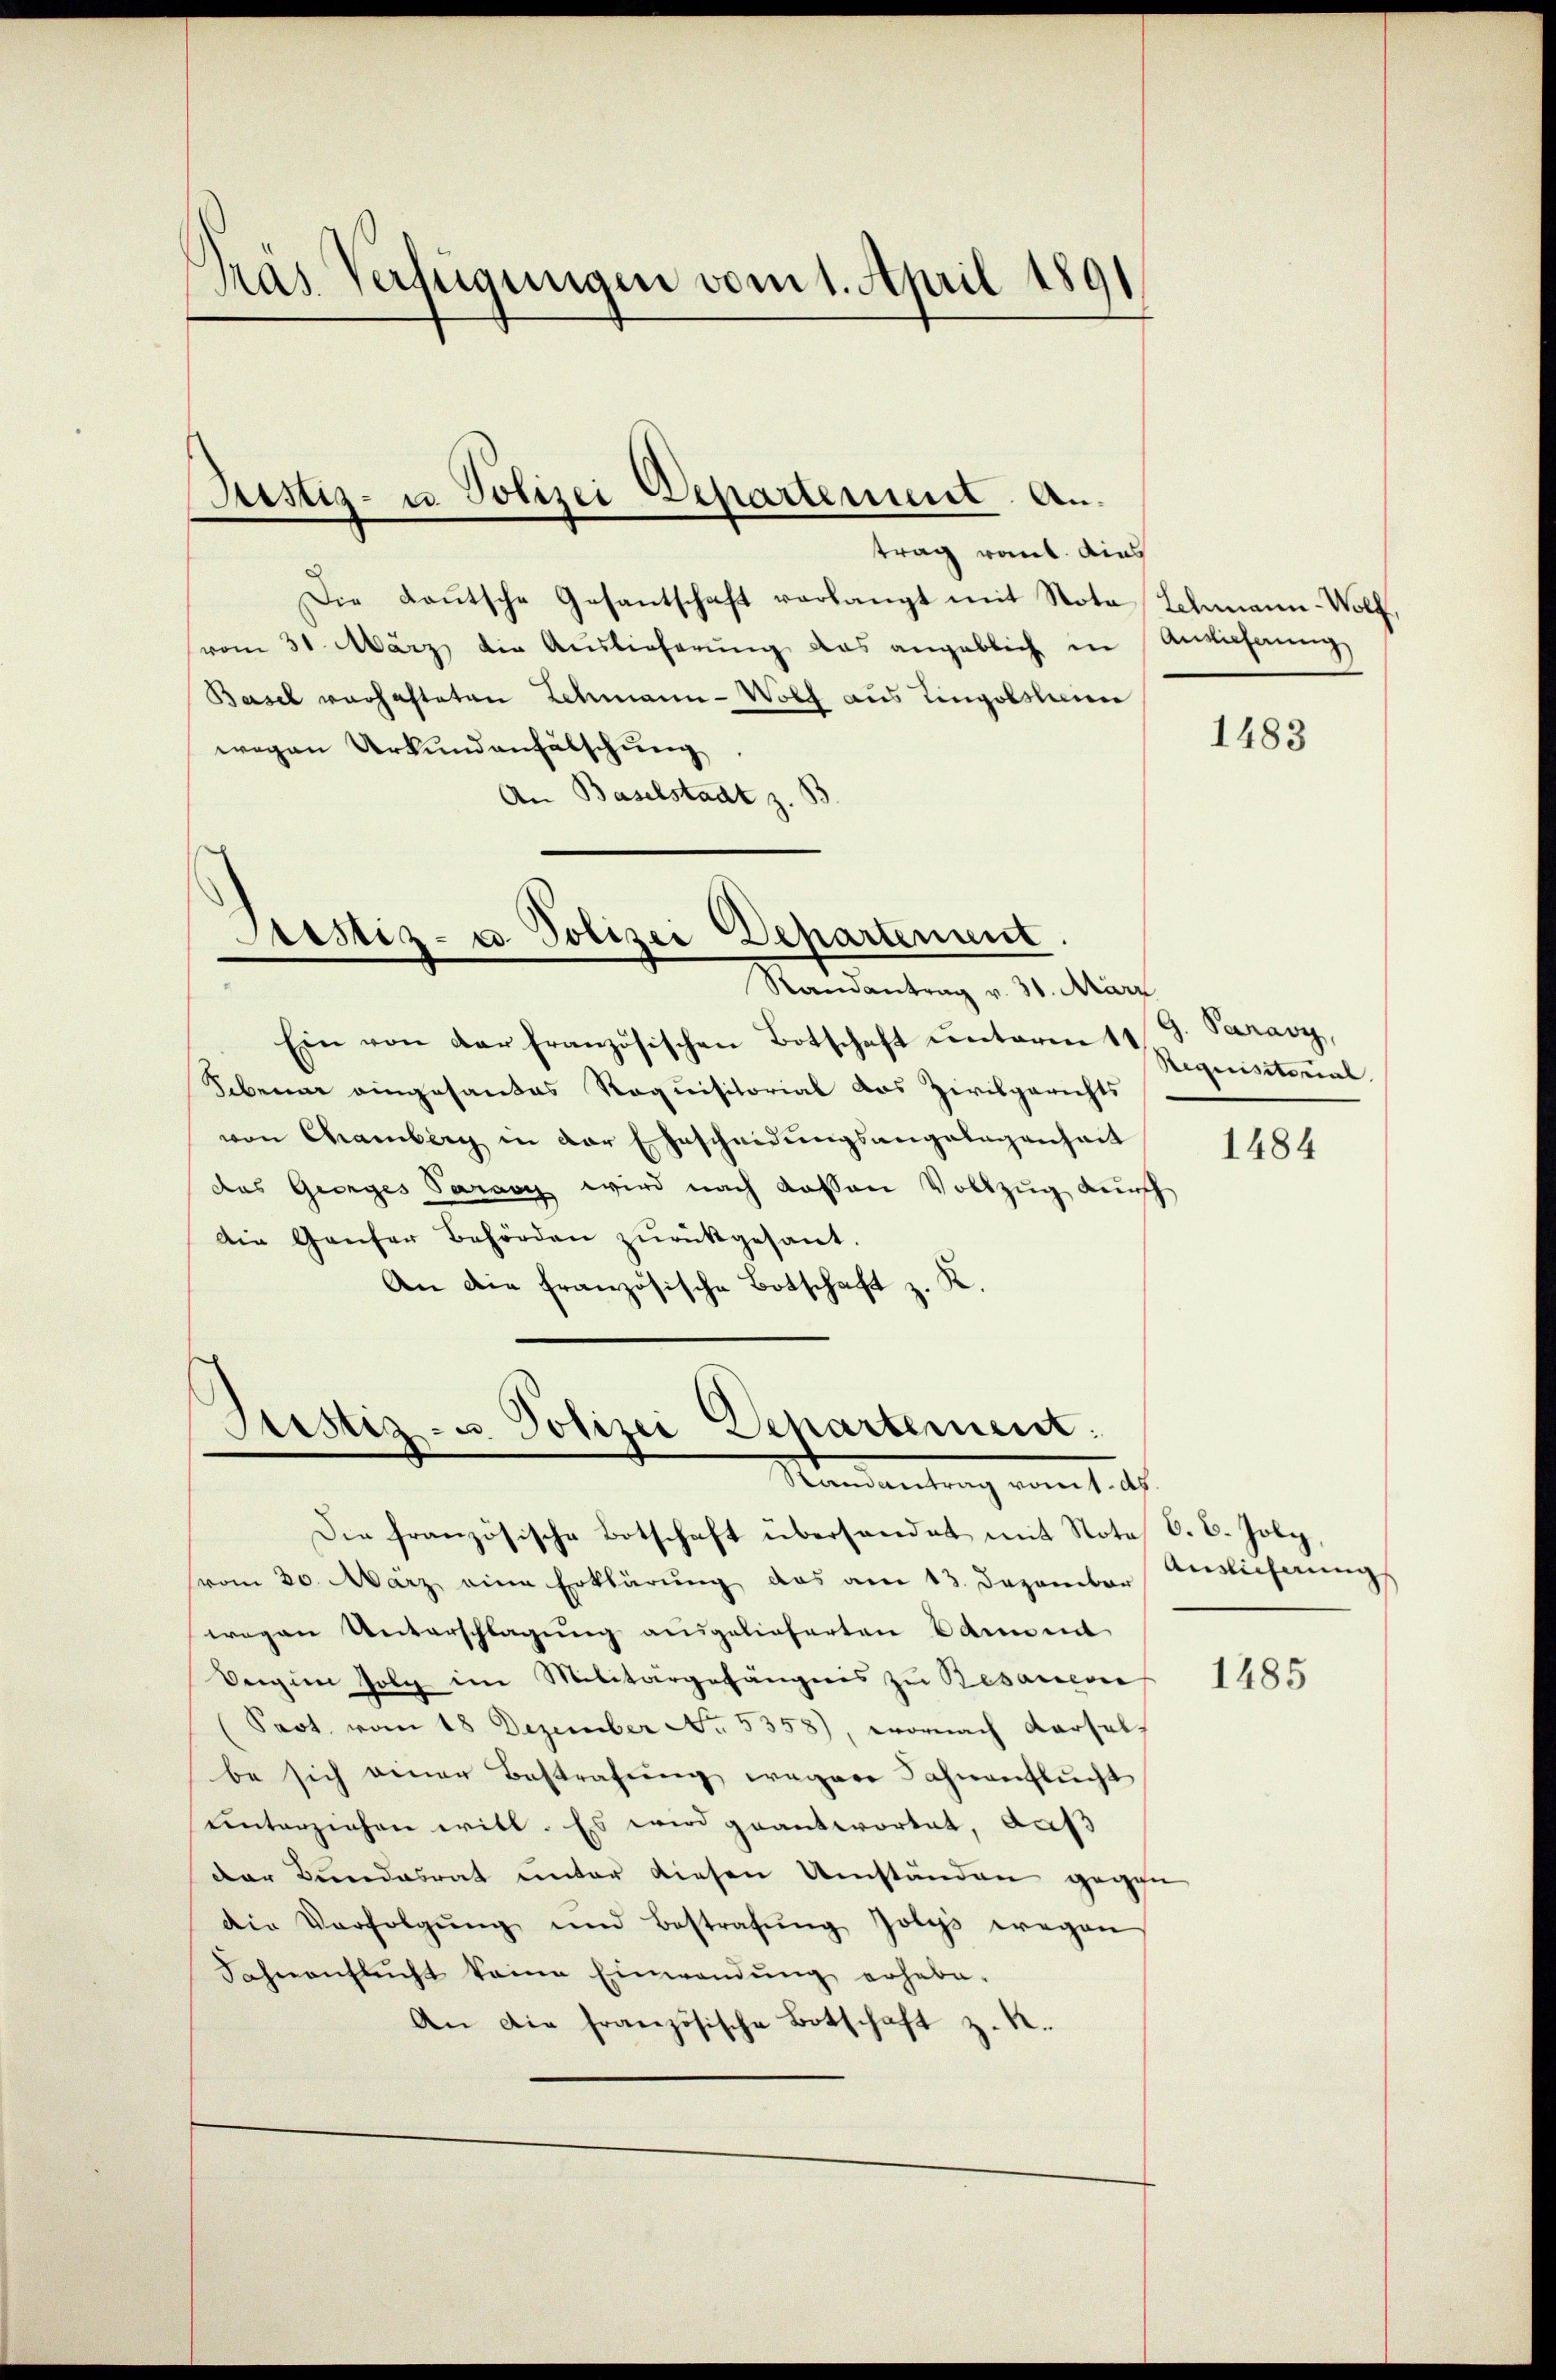
Pras Verfügungen vom 1. April 1891

Justiz- u Polizei Departement. An

trag rout dies
Die Lautsche Gesantschaft verlangt mit Nota Lehmann-Wolf.
vom 31. März die Auslieferŭng das angeblich in Anziehung
Basel verhafteten Lehmann-Wolf aus Lingolsheim
wegen Urkundanfälschung
An Baselstadt z. B

Prestiz- u. Polizei Departement.
Randantrag v. 30. März

Ein von der französischen Botschaft ŭnterm 119. Paravy,
Scbenne eingesandes Requisitorial das Zivilgerichts
von Chamberg in der Ehescheidungsangelegenheit
das Georges Paravy wird nach dassen Vollzug durch
Die Genfer Behörden zurückgesant.
An die französische Botschaft z. K.

Justiz- u. Polizei Departement:
Mandantrag vom 1. 2.

Die französische Botschaft überhandet mit Note 6. B. Joby
vom 20. März eine Erklärŭng das am 13. Dezember Auslicherŭng
wegen Unterschlagung ausgelieferten Dann ent
Oergien folg im Militärgefängnis zu Besarevie
(Sact vom 18 Dezember No. 5358), wornach Karsel
be sich einer Bestrafung wegen Zahnanflucht
unterziehen will. Es wird geantwortet, aus
der Bŭndesrat ŭnter diesen Umständen gegen
die Verfolgŭng und Bestrafŭng Jolys wegen
Sahnenflŭcht keine Einwendŭng erhabe.
An die französische Botschaft z. R.

1483

Requisitorial.

1484

1485